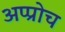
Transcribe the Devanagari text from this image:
अप्प्रोच